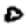
Digit: 0